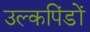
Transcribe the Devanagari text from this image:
उल्कपिंडों